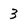
Character: 3